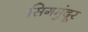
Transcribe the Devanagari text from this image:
सिगमुंदूर